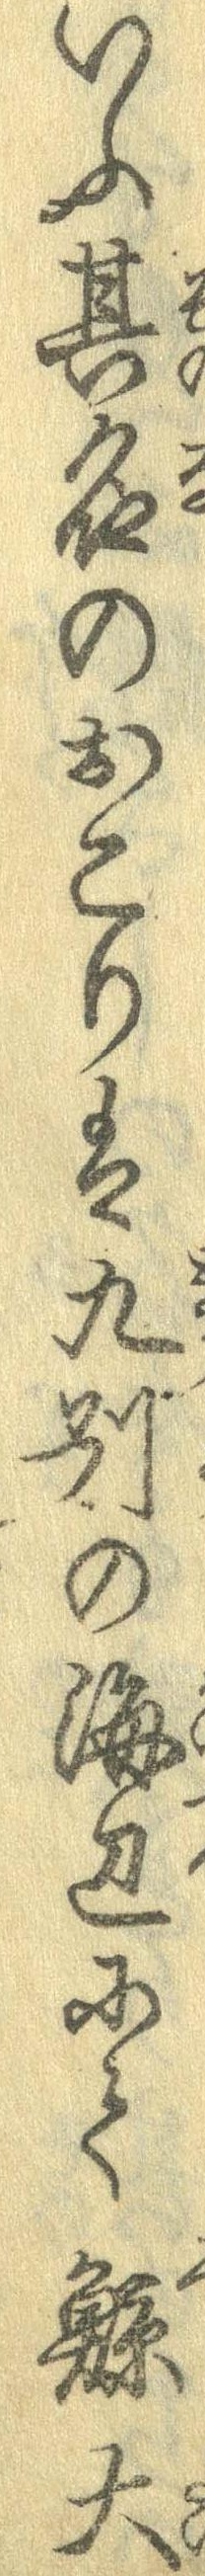
いふ其名のおこりは九州の海辺にて鯨大